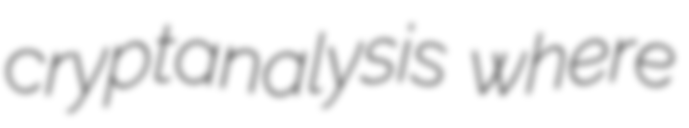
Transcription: cryptanalysis where